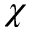
\chi